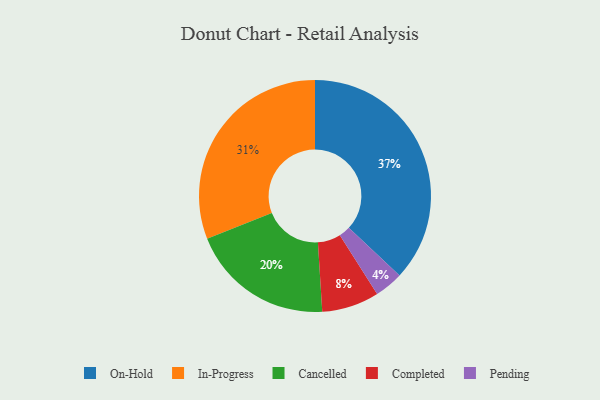
{"axis": {"x": "Category", "y": "Percentage"}, "legend": ["Cancelled", "Completed", "In-Progress", "On-Hold", "Pending"], "data": [{"x": "Pending", "y": 4, "type": "Pending"}, {"x": "Cancelled", "y": 20, "type": "Cancelled"}, {"x": "Completed", "y": 8, "type": "Completed"}, {"x": "On-Hold", "y": 37, "type": "On-Hold"}, {"x": "In-Progress", "y": 31, "type": "In-Progress"}]}